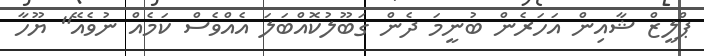
ޕްލީޒް ޝާއިން އަހަރެން ބުނީމަ ދެން ގަބޫލުކޮއްބަލަ އެއްވެސް ކަމެއް ނުވެއޭ" ޔޫހާ